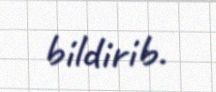
bildirib.